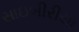
સાઇબીરીયા